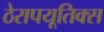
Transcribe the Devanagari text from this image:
ठेरापयूतिक्स